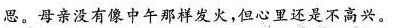
思。母亲没有像中午那样发火，但心里还是不高兴。